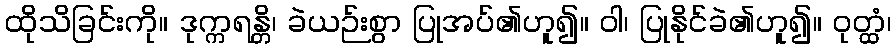
ထိုသိခြင်းကို။ ဒုက္ကရန္တိ၊ ခဲယဉ်းစွာ ပြုအပ်၏ဟူ၍။ ဝါ၊ ပြုနိုင်ခဲ၏ဟူ၍။ ဝုတ္ထံ၊